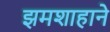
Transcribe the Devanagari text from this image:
झमशाहाने